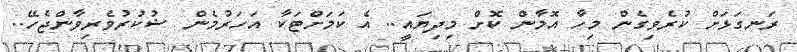
ރަނގަޅަށް ކުރެވިގެން މިހާ އޮމާން ކޮށް މިދިޔައީ.. އެ ކަމަށްޓަކާ އަހަރުމެން ޝުކުރުވެރިވާންޖެހޭ..